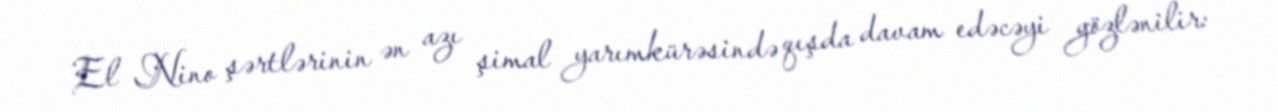
El Nino şərtlərinin ən azı şimal yarımkürəsində qışda davam edəcəyi gözlənilir: